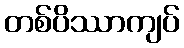
တစ်ပိဿာကျပ်